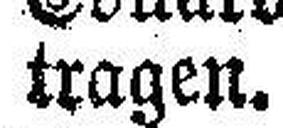
tragen.